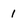
Character: 1